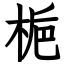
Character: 梔